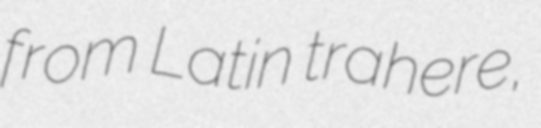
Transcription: from Latin trahere,